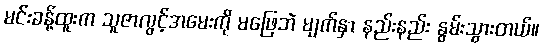
မင်းခန့်ထူးက သူဇာလွင့်အမေးကို မဖြေဘဲ မျက်နှာ နည်းနည်း နွမ်းသွားတယ်။